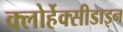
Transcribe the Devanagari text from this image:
क्लोर्हेक्सीडाइन